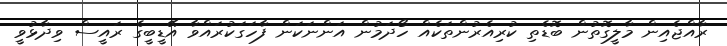
ރާއްޖެއިން މާލީގޮތުން ބޮޑެތި ކުރިއެރުންތަކެއް ހޯދަމުން އަންނަކަން ފާހަގަކުރައްވާ އޭޑީބީގެ ރައީސް ވިދާޅުވީ